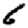
Digit: 6